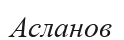
Асланов